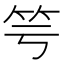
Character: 𥫡